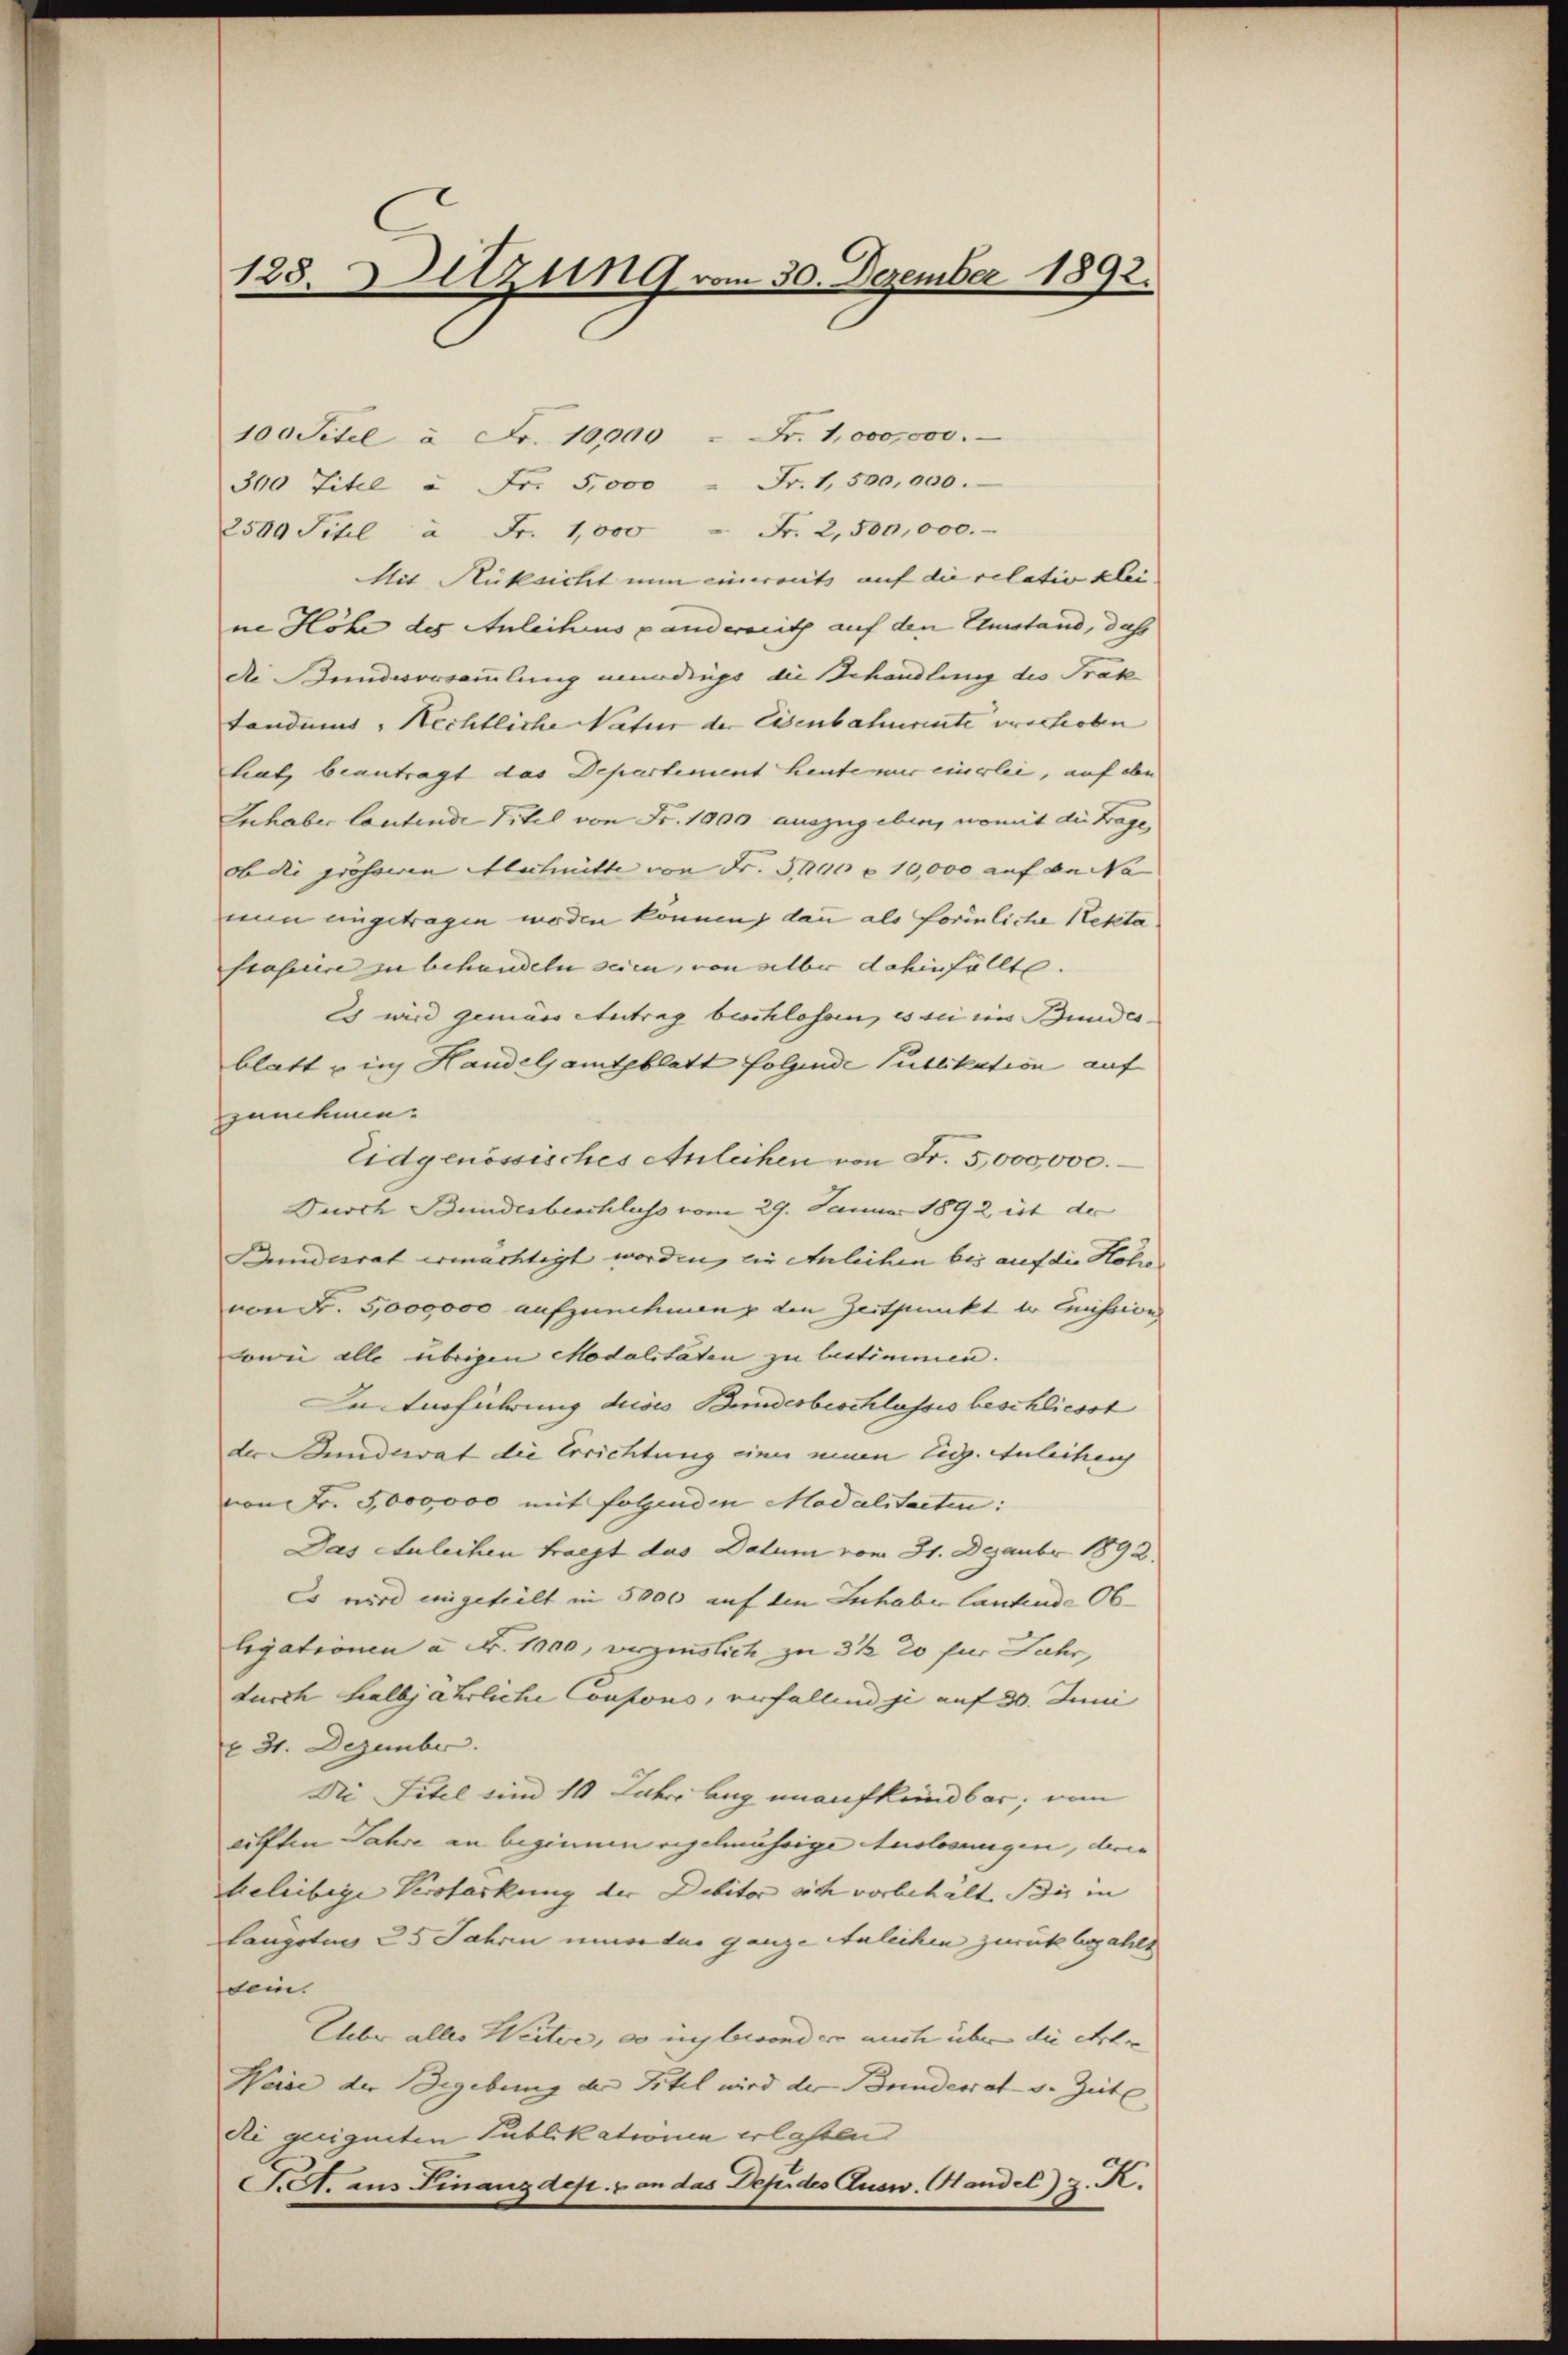
100 Titel à Fr. 10,000 " Fr. 1,000,000.
300 Titel u Fr. 5,000 Fr. 1,500,000.
2509 Sihl à Fr. 1,000 " Fr. 2,500,000.
Mit Rüksicht nun einerseits auf die relativ klei- |
ne Höhe des Anleihens anderseith auf den Erstand, dah
die Kundersammlung mündings die Behandlung des Trak
tandums, Rechtliche Natur der Eisenbahnrente verhoben
hat, beantragt das Departement heute mir einerlei, auf eben
Inhaber lautende Titel von Fr. 1900 auszugeben, womit die Frage,
ob die grossen Abschnitte von Fr. 500 x 10,000 auf an Na
nun eingetragen worden können, dann als formliche Rekta
Prassere zu behandeln seien, von alber dahinfällte.
Es wird gemäss Antrag beschlossen, es sei ein Bundesblatt u ins Handelsamtsblatt folgende Publikation auf
Zinnehmen
Eidgenössisches Anleihen von Fr. 5,000,000.
Durch Bundesbeschluss vom 29. Januar 1892 ist der
Dundesrat ermächtigt worden, die Anleihen bis auf die Hol
von Fr. 5000000 aufzunehmung den Zeitpunkt in Emission
sowie alle übrigen Modalitäten zu lestimmen.
Lanterführung dieses Bundesbeschlusses beschliesst
der Bunderat die Errichtung einer neuen lig. Anleitung
von Fr. 5000000 mit folgenden Modalitaeten:
Das Anleihen fragt das Datum vom 31. Dezember 1892.
Es wird eingeteilt in 5000 auf den Inhabe lautende Obligationen à Fr. 1900, verzinslich zu 3 ½ 20 für Jahr,
durch halbjährliche Coupono, verfallend je auf 30. Juni
o 31. Dezember.
Die Titel und 10 Jahre lag unaufkündbar, von
hilften Jahre an beginnen regelmässige Auslosungen, deren
Geliebige Versterkung der Debitor sich vorbehält. Sie in |
langstens 25 Jahren une der ganze Anleihen zurückbezahlt
dem.
Ueber alles Weiter, so insbesonder mich über die Arte
Weise der Begebung der Titel wird der Bundesrat v. Zeitl
dii geeigneten Publikationen erlassen
SA. ans Finanzdep. & an das Dep. des Ausw. Handel) z. K.

128. Sitzung vom 30. Dezember 1892.